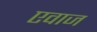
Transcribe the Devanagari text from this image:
एवाज